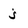
Character: j